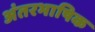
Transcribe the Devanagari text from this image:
अंतरभाषिक